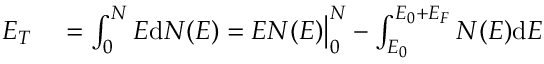
\begin{array} { r l } { E _ { T } } & { { } = \int _ { 0 } ^ { N } E \mathrm { d } N ( E ) = E N ( E ) { \big | } _ { 0 } ^ { N } - \int _ { E _ { 0 } } ^ { E _ { 0 } + E _ { F } } N ( E ) \mathrm { d } E } \end{array}